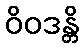
ဝိဝဒန္တိ